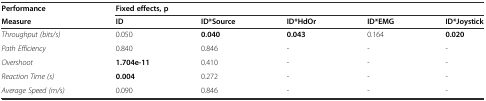
<table><thead><tr><td><b>Performance</b></td><td colspan="5"><b>Fixed effects, p</b></td></tr><tr><td><b>Measure</b></td><td><b>ID</b></td><td><b>ID*Source</b></td><td><b>ID*HdOr</b></td><td><b>ID*EMG</b></td><td><b>ID*Joystick</b></td></tr></thead><tbody><tr><td><i>Throughput (bits/s)</i></td><td>0.050</td><td><b>0.040</b></td><td><b>0.043</b></td><td>0.164</td><td><b>0.020</b></td></tr><tr><td><i>Path Efficiency</i></td><td>0.840</td><td>0.846</td><td>-</td><td>-</td><td>-</td></tr><tr><td><i>Overshoot</i></td><td><b>1.704e-11</b></td><td>0.410</td><td>-</td><td>-</td><td>-</td></tr><tr><td><i>Reaction Time (s)</i></td><td><b>0.004</b></td><td>0.272</td><td>-</td><td>-</td><td>-</td></tr><tr><td><i>Average Speed (m/s)</i></td><td>0.090</td><td>0.846</td><td>-</td><td>-</td><td>-</td></tr></tbody></table>